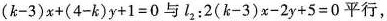
$$( k -3 ) x + ( 4 -k ) y +1 = 0$$ 与 L_{2}: $$2 ( k - 3 ) x - 2 y + 5 = 0$$ 平行，